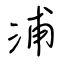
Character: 浦